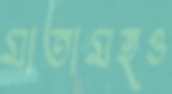
মাতামহও